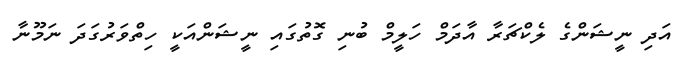
އަދި ނީޝަންގެ ލެކްޗަރާ އާދަމް ހަލީމް ބުނި ގޮތުގައި ނީޝަންއަކީ ހިތްވަރުގަދަ ނަމޫނާ